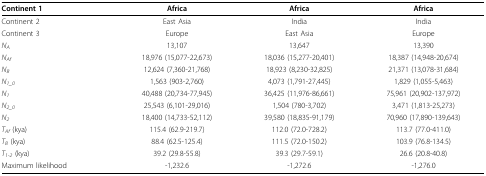
<table><thead><tr><td><b>Continent 1</b></td><td><b>Africa</b></td><td><b>Africa</b></td><td><b>Africa</b></td></tr></thead><tbody><tr><td>Continent 2</td><td>East Asia</td><td>India</td><td>India</td></tr><tr><td>Continent 3</td><td>Europe</td><td>East Asia</td><td>Europe</td></tr><tr><td><i>N<sub>A</sub></i></td><td>13,107</td><td>13,647</td><td>13,390</td></tr><tr><td><i>N<sub>Af</sub></i></td><td>18,976 (15,077-22,673)</td><td>18,036 (15,277-20,401)</td><td>18,387 (14,948-20,674)</td></tr><tr><td><i>N<sub>B</sub></i></td><td>12,624 (7,360-21,768)</td><td>18,923 (8,230-32,825)</td><td>21,371 (13,078-31,684)</td></tr><tr><td><i>N<sub>1_0</sub></i></td><td>1,563 (903-2,760)</td><td>4,073 (1,791-27,445)</td><td>1,829 (1,055-5,463)</td></tr><tr><td><i>N<sub>1</sub></i></td><td>40,488 (20,734-77,945)</td><td>36,425 (11,976-86,661)</td><td>75,961 (20,902-137,972)</td></tr><tr><td><i>N<sub>2_0</sub></i></td><td>25,543 (6,101-29,016)</td><td>1,504 (780-3,702)</td><td>3,471 (1,813-25,273)</td></tr><tr><td><i>N<sub>2</sub></i></td><td>18,400 (14,733-52,112)</td><td>39,580 (18,835-91,179)</td><td>70,960 (17,890-139,643)</td></tr><tr><td><i>T<sub>Af </sub></i>(kya)</td><td>115.4 (62.9-219.7)</td><td>112.0 (72.0-728.2)</td><td>113.7 (77.0-411.0)</td></tr><tr><td><i>T<sub>B </sub></i>(kya)</td><td>88.4 (62.5-125.4)</td><td>111.5 (72.0-150.2)</td><td>103.9 (76.8-134.5)</td></tr><tr><td><i>T<sub>1-2 </sub></i>(kya)</td><td>39.2 (29.8-55.8)</td><td>39.3 (29.7-59.1)</td><td>26.6 (20.8-40.8)</td></tr><tr><td>Maximum likelihood</td><td>-1,232.6</td><td>-1,272.6</td><td>-1,276.0</td></tr></tbody></table>